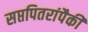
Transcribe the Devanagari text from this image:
सप्तपितरांपैकी